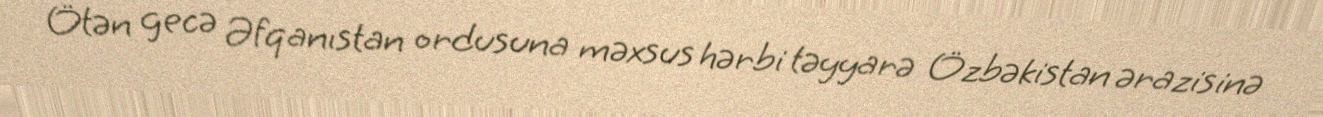
Ötən gecə Əfqanıstan ordusuna məxsus hərbi təyyarə Özbəkistan ərazisinə